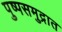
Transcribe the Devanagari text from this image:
पुष्पसमुद्रात